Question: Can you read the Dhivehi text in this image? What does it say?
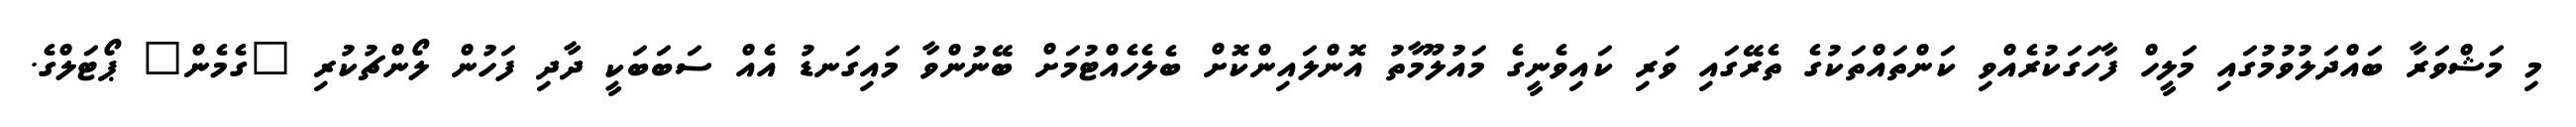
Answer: މި މަޝްވަރާ ބައްދަލުވުމުގައި މަލީހް ފާހަގަކުރެއްވި ކަންތައްތަކުގެ ތެރޭގައި ވަރި ކައިވެނީގެ މައުލޫމާތު އޮންލައިންކޮށް ބެލެހެއްޓުމަށް ބޭނުންވާ މައިގަނޑު އެއް ސަބަބަކީ ދާދި ފަހުން ލޯންޗުކުރި "ގެމެން" ޕޯޓަލްގެ.